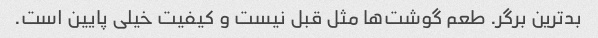
بدترین برگر. طعم گوشت‌ها مثل قبل نیست و کیفیت خیلی پایین است.